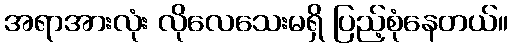
အရာအားလုံး လိုလေသေးမရှိ ပြည့်စုံနေတယ်။